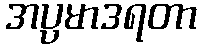
အပ္ပမာဒရတာ